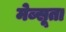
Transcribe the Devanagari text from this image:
मेब्सूता